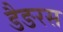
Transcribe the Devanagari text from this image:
डैङरस